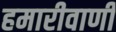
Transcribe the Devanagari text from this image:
हमारीवाणी